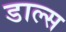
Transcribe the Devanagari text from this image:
डाल्स